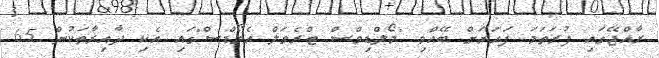
ރާއްޖޭގައި ފުރަތަމަ ފަހަރަށް ބޭއްވި "މޯލްޑިވްސް ޓްރެވަލް އެވޯޑްސް"ގައި އެކި ދާއިރާތަކުން 65